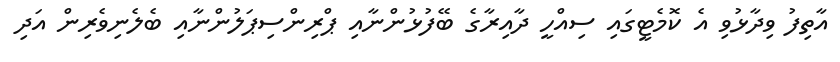
އާތިފު ވިދާޅުވި އެ ކޮމެޓީގައި ސިއްހީ ދާއިރާގެ ބޭފުޅުންނާއި ޕްރިންސިޕަލުންނާއި ބެލެނިވެރިން އަދި